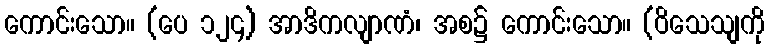
ကောင်းသော။ (ပေ ၁၂၄) အာဒိကလျာဏံ၊ အစ၌ ကောင်းသော။ (ဝိသေသျကို